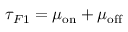
\tau _ { F 1 } = \mu _ { \mathrm { o n } } + \mu _ { \mathrm { o f f } }